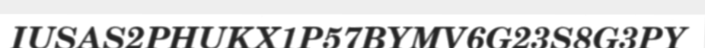
IUSAS2PHUKX1P57BYMV6G23S8G3PY